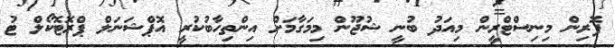
ފޮރިން މިނިސްޓްރީން މިއަދު ބުނީ ޝުޖޫން މިމަގާމަށް އިންތިހާބުކުރީ އޮޕްޝަނަލް ޕްރޮޓޮކޯލް ޓު